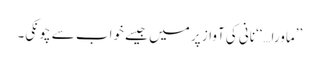
’’ماورا…‘‘نانی کی آواز پر میں جیسے خواب سے چونکی۔